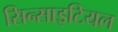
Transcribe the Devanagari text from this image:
सिन्साइटियल